65_HS1-834228961_62-HQ-83894_Serial_130
Agency: FBI
Page 38
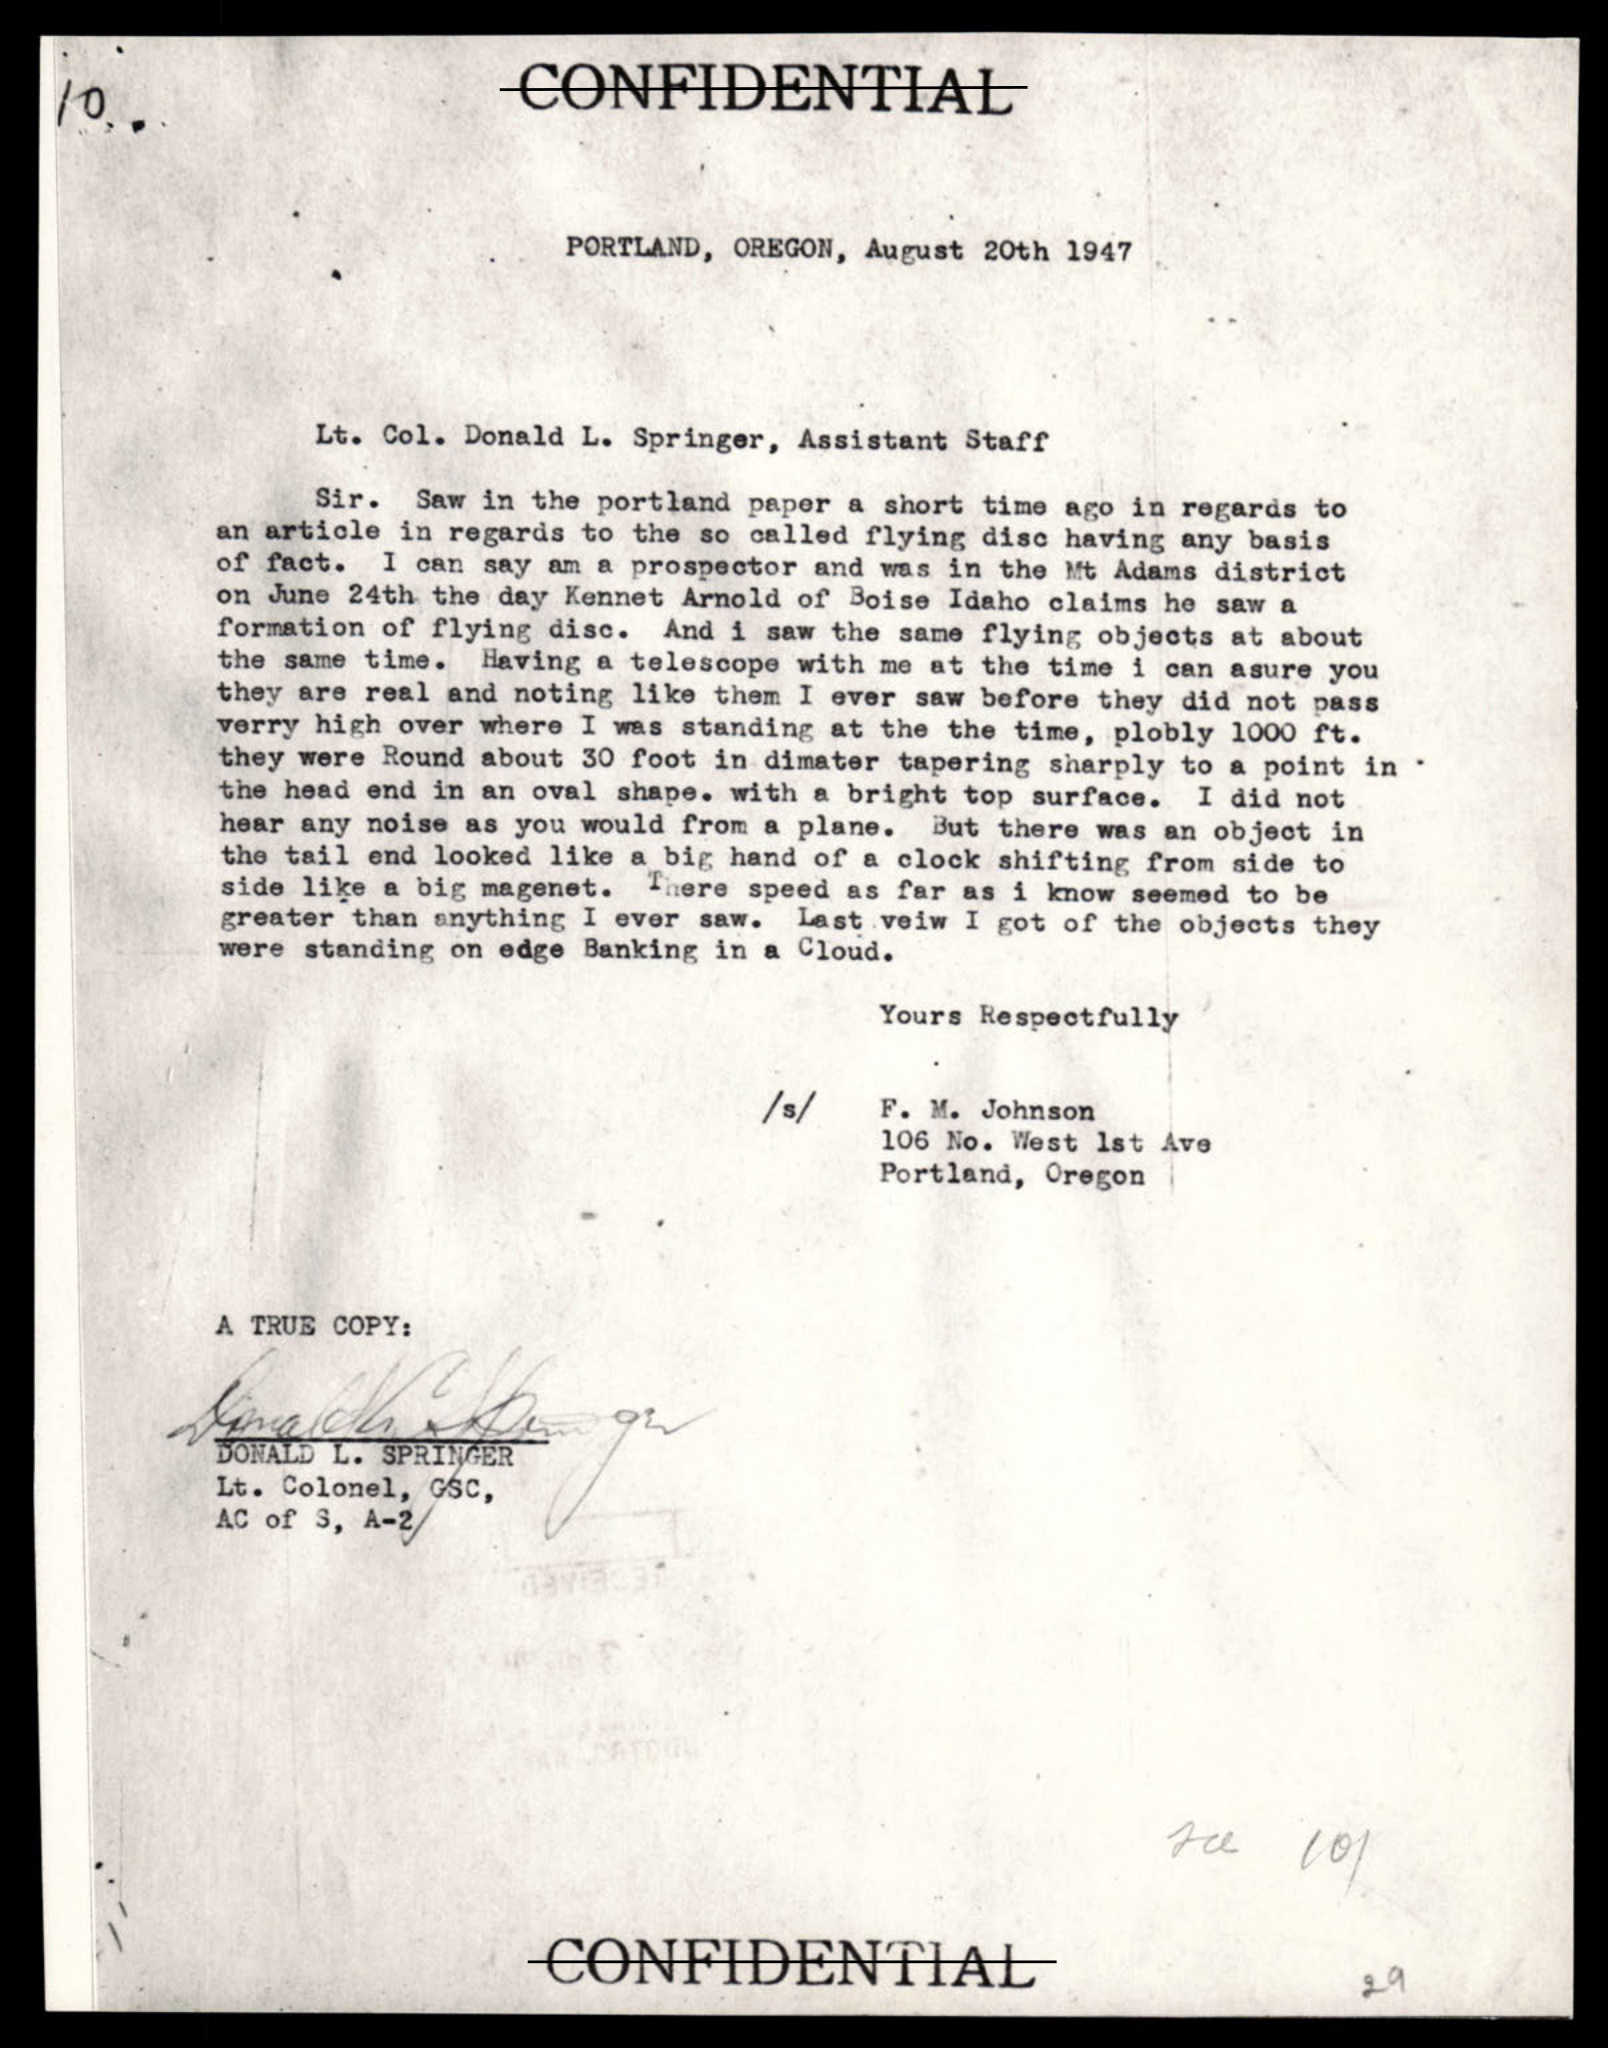